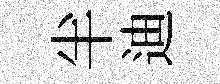
半迪